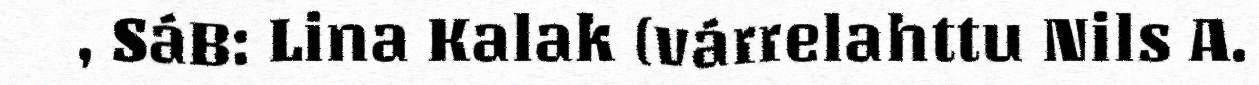
, SáB: Lina Kalak (várrelahttu Nils A.